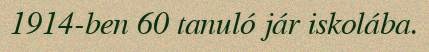
1914-ben 60 tanuló jár iskolába.